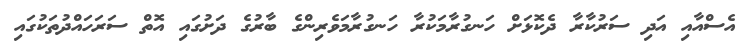
އެސްއާއި އަދި ސަރުކާރާ ދެކޮޅަށް ހަނގުރާމަކުރާ ހަނގުރާމަވެރިންގެ ބާރުގެ ދަށުގައި އޮތް ސަރަހައްދުތަކުގައި